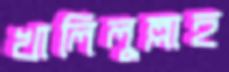
খালিলুল্লাহ